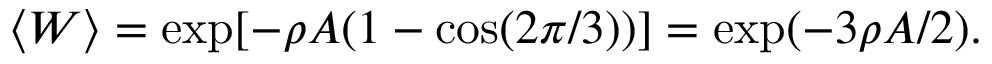
\langle W \rangle = \exp [ - \rho A ( 1 - \cos ( 2 \pi / 3 ) ) ] = \exp ( - 3 \rho A / 2 ) .